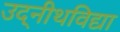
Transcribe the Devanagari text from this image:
उद्नीथविद्या